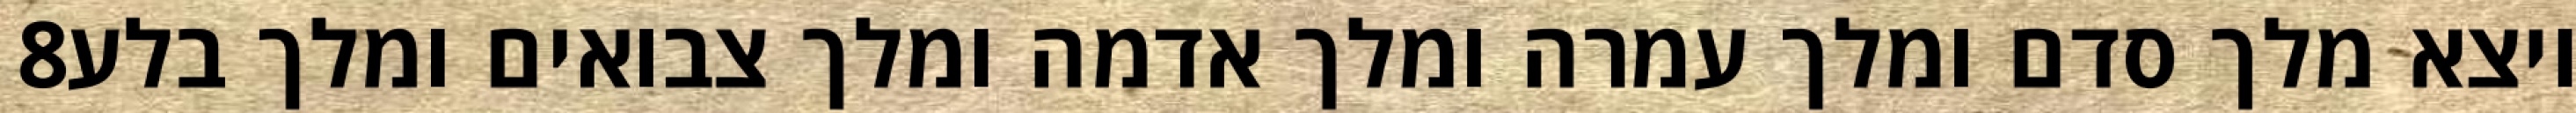
‎8‏ ויצא מלך סדם ומלך עמרה ומלך אדמה ומלך צבואים ומלך בלע